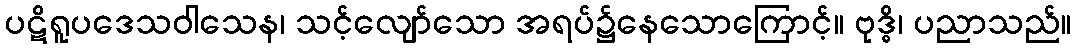
ပဋိရူပဒေသဝါသေန၊ သင့်လျော်သော အရပ်၌နေသောကြောင့်။ ဗုဒ္ဓိ၊ ပညာသည်။